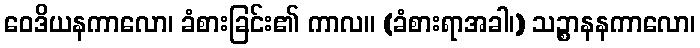
ဝေဒိယနကာလော၊ ခံစားခြင်း၏ ကာလ။ (ခံစားရာအခါ၊) သဉ္စာနနကာလော၊